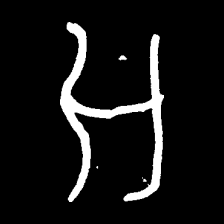
Pyu character \u2014 Myanmar letter: အ (romanized: a)